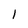
Character: 1